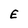
Character: E